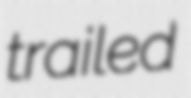
trailed